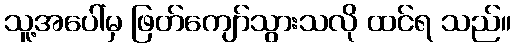
သူ့အပေါ်မှ ဖြတ်ကျော်သွားသလို ထင်ရ သည်။